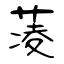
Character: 蓤